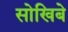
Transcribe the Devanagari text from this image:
सोखिबे